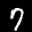
Label: 7